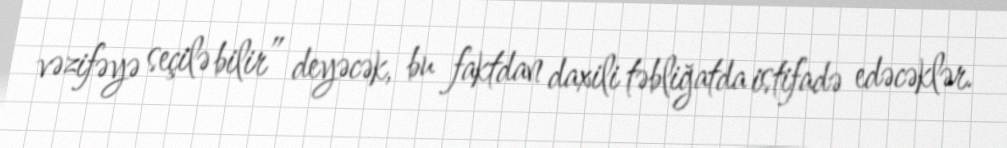
vəzifəyə seçilə bilir” deyəcək, bu faktdan daxili təbliğatda istifadə edəcəklər.